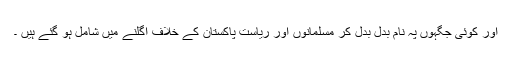
اور کوئی جگہوں پہ نام بدل بدل کر مسلمانوں اور ریاست پاکستان کے خلاف اگلنے میں شامل ہو گئے ہیں ۔